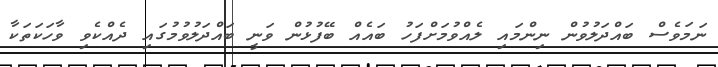
ނަމަވެސް ބައްދަލުވުން ނިންމައި ލެއްވުމަށްފަހު ބައެއް ބޭފުޅުން ވަނީ ބައްދަލުވުމުގައި ދެއްކެވި ވާހަކަތަކާ